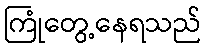
ကြုံတွေ့နေရသည်